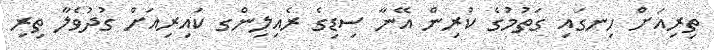
ތިރިއަށް ހިނގައި ގަތުމުގެ ކުރިން އޭނާ ސިޑިގެ ރެއިލިންގ ކައިރިއަށް ގުދުވެލާ ތިރި